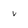
Character: v